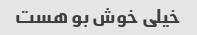
خیلی خوش بو هست